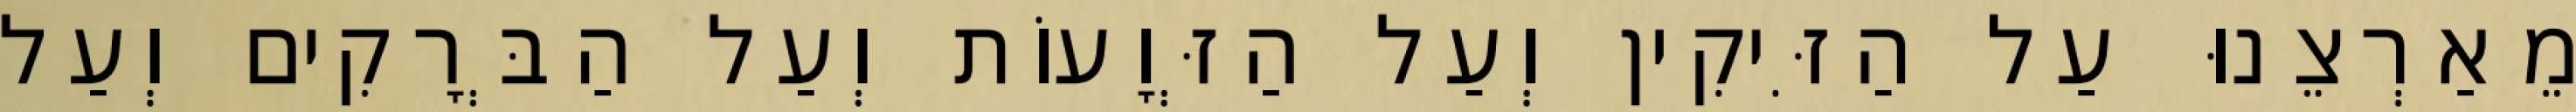
מֵאַרְצֵנוּ עַל הַזִּיקִין וְעַל הַזְּוָעוֹת וְעַל הַבְּרָקִים וְעַל